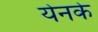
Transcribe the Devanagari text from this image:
येनके